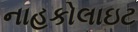
નાહકોલાઇટ